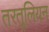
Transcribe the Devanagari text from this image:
तरतूलियन